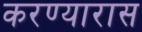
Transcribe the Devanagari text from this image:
करण्यारास